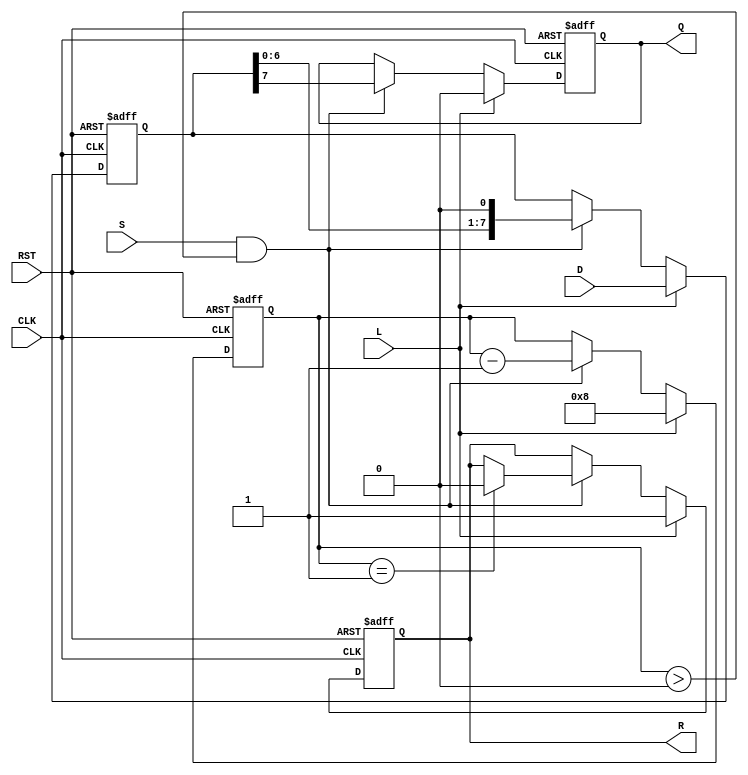
module PISO_Register #(
    parameter WIDTH = 8  // Width of the data input
)(
    input  wire [WIDTH-1:0] D,     // Data inputs
    input  wire L,                  // Load signal
    input  wire S,                  // Shift signal
    input  wire CLK,                // Clock signal
    input  wire RST,                // Reset signal
    output reg  Q,                  // Serial output
    output reg  R                   // Ready signal
);

    reg [WIDTH-1:0] R_reg;          // Internal register storage
    reg [3:0] bit_count;             // Bit counter

    always @(posedge CLK or posedge RST) begin
        if (RST) begin
            R_reg <= {WIDTH{1'b0}};  // Clear the register on reset
            Q <= 1'b0;               // Clear the serial output
            R <= 1'b0;               // Set ready signal low
            bit_count <= 0;          // Reset bit counter
        end else begin
            if (L) begin
                R_reg <= D;          // Load data into the register
                Q <= 1'b0;           // Output remains zero until first shift
                bit_count <= WIDTH;  // Initialize bit count for shifting
                R <= 1'b1;            // Set ready signal high
            end else if (S && bit_count > 0) begin
                Q <= R_reg[WIDTH-1]; // Shift the MSB out to Q
                R_reg <= {R_reg[WIDTH-2:0], 1'b0}; // Shift left
                bit_count <= bit_count - 1; // Decrease bit counter
                if (bit_count == 1) begin
                    R <= 1'b0;        // Clear ready signal when done shifting
                end
            end
        end
    end

endmodule